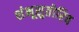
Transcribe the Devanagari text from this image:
शंभूसुतोरिव